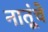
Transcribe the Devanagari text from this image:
नातूंचे